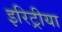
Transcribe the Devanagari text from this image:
इरिट्रीया